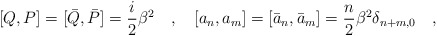
\begin{align*}[Q,P]=[\bar Q,\bar P]=\frac {i}{2}\beta ^2 \quad , \quad [a_n,a_m]=[\bar a_n,\bar a_m]=\frac {n}{2}\beta ^2\delta _{n+m,0} \quad ,\end{align*}